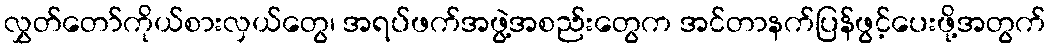
လွှတ်တော်ကိုယ်စားလှယ်တွေ၊ အရပ်ဖက်အဖွဲ့အစည်းတွေက အင်တာနက်ပြန်ဖွင့်ပေးဖို့အတွက်